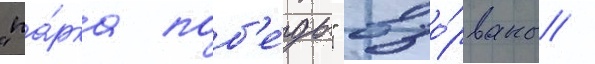
"па́рка поб'е́ды" взо́рваны /